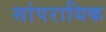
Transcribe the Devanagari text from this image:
सांपरायिक